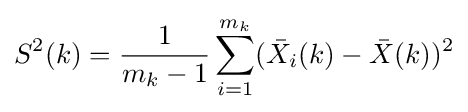
S^{2}(k)={\frac {1}{m_{k}-1}}\sum _{i=1}^{m_{k}}({\bar {X}}_{i}(k)-{\bar {X}}(k))^{2}